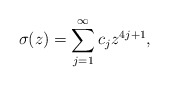
\begin{align*}\sigma (z)=\sum_{j=1}^{\infty}{c}_{j}z^{4j+1}, \end{align*}